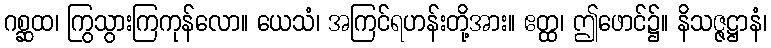
ဂစ္ဆထ၊ ကြွသွားကြကုန်လော။ ယေသံ၊ အကြင်ရဟန်းတို့အား။ ဧတ္ထ၊ ဤဖောင်၌။ နိသဇ္ဇဋ္ဌာနံ၊